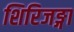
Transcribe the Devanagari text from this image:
शिरिजङ्गा